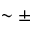
\sim \pm